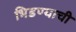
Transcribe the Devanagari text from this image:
भिडण्याची